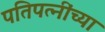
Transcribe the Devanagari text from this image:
पतिपत्‍नींच्या